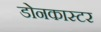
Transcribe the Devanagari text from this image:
डोनकास्टर